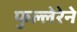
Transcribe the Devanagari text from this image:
फुल्लेरेने